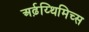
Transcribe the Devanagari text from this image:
अर्ढ़य्थिमिच्स